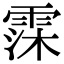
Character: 霂